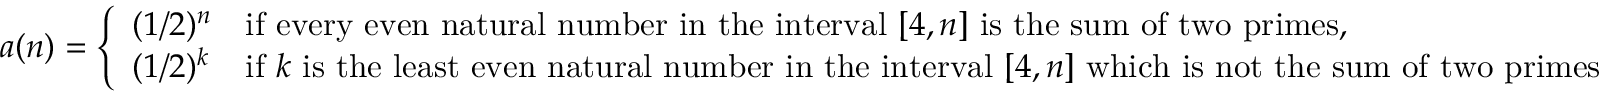
a ( n ) = { \left\{ \begin{array} { l l } { ( 1 / 2 ) ^ { n } } & { { \mathrm { i f ~ e v e r y ~ e v e n ~ n a t u r a l ~ n u m b e r ~ i n ~ t h e ~ i n t e r v a l ~ } } [ 4 , n ] { \mathrm { ~ i s ~ t h e ~ s u m ~ o f ~ t w o ~ p r i m e s } } , } \\ { ( 1 / 2 ) ^ { k } } & { { \mathrm { i f ~ } } k { \mathrm { ~ i s ~ t h e ~ l e a s t ~ e v e n ~ n a t u r a l ~ n u m b e r ~ i n ~ t h e ~ i n t e r v a l ~ } } [ 4 , n ] { \mathrm { ~ w h i c h ~ i s ~ n o t ~ t h e ~ s u m ~ o f ~ t w o ~ p r i m e s } } } \end{array} \right. }